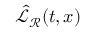
\hat { \mathcal { L } } _ { \mathcal { R } } ( t , x )